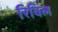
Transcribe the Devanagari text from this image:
रिविल